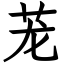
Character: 茏